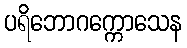
ပရိဘောဂက္ကောသေန